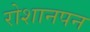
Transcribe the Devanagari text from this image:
रोशानपन